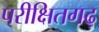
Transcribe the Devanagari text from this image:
परीक्षितगढ़